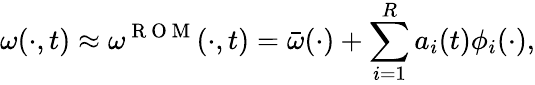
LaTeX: \omega(\cdot,t)\approx\omega^{\mathrm{~R~O~M~}}(\cdot,t)=\bar{\omega}(\cdot)+\sum_{i=1}^{R}a_{i}(t)\phi_{i}(\cdot),